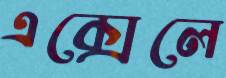
এক্সেলে